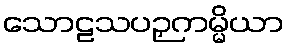
သောဠသပဉှကမ္မိယာ